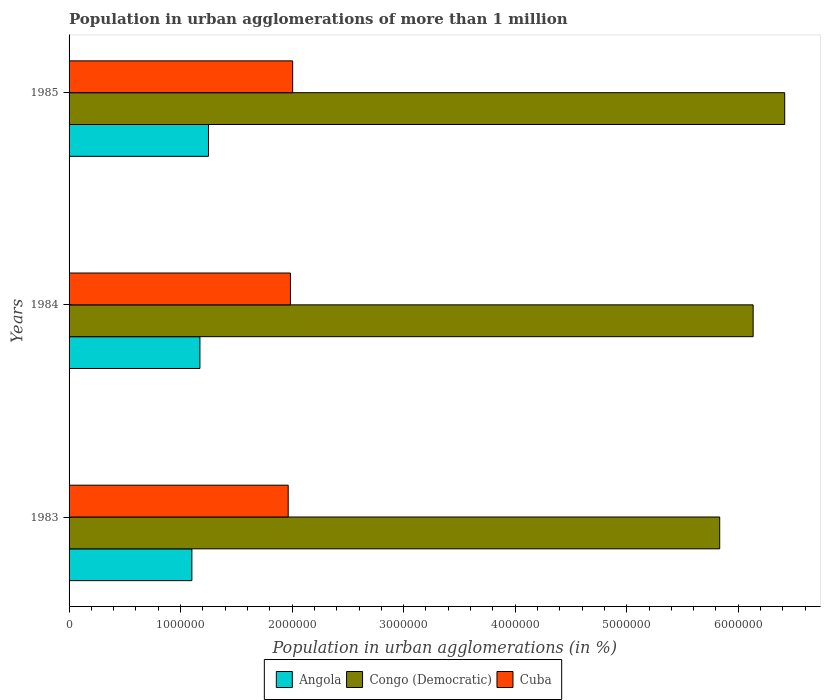
| Years | Angola | Congo (Democratic) | Cuba |
 | --- | --- | --- | --- |
 | 1983 | 1.1e+06 | 5.83e+06 | 1.96e+06 |
 | 1984 | 1.17e+06 | 6.13e+06 | 1.98e+06 |
 | 1985 | 1.25e+06 | 6.42e+06 | 2e+06 |